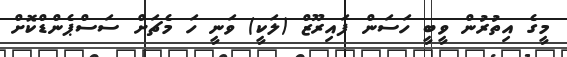
މީގެ އިތުރުން ވީބީ ހަސަން ފައިރޫޒް (ލަކީ) ވަނީ ހަ މެޗަށް ސަސްޕެންޑްކޮށް